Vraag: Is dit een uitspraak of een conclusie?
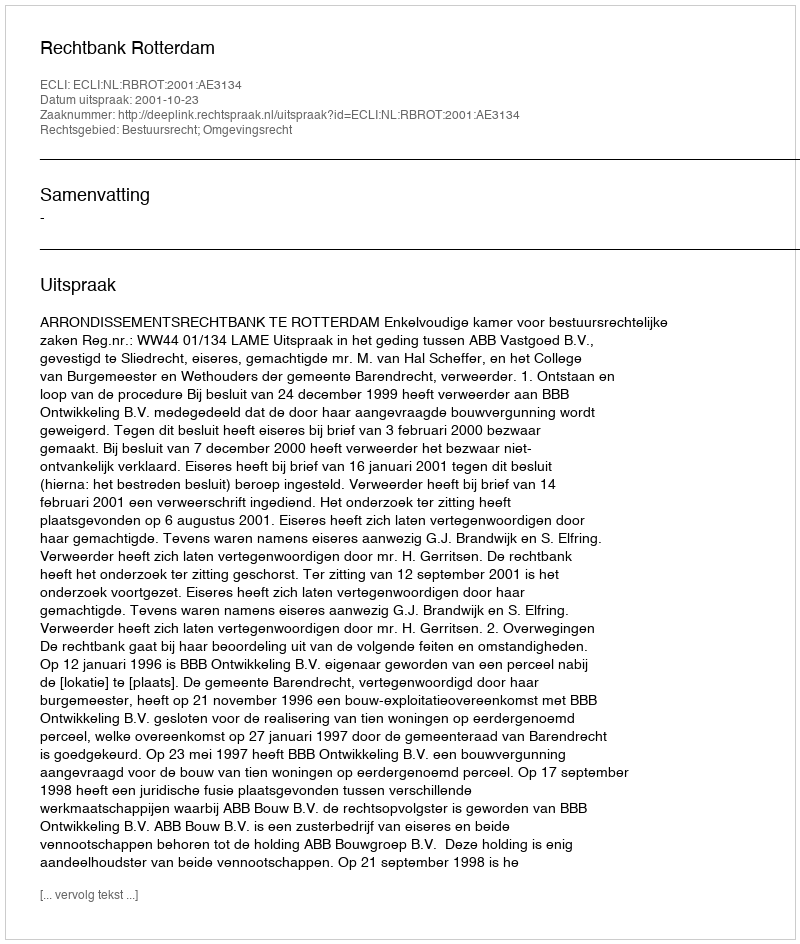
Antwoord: Uitspraak